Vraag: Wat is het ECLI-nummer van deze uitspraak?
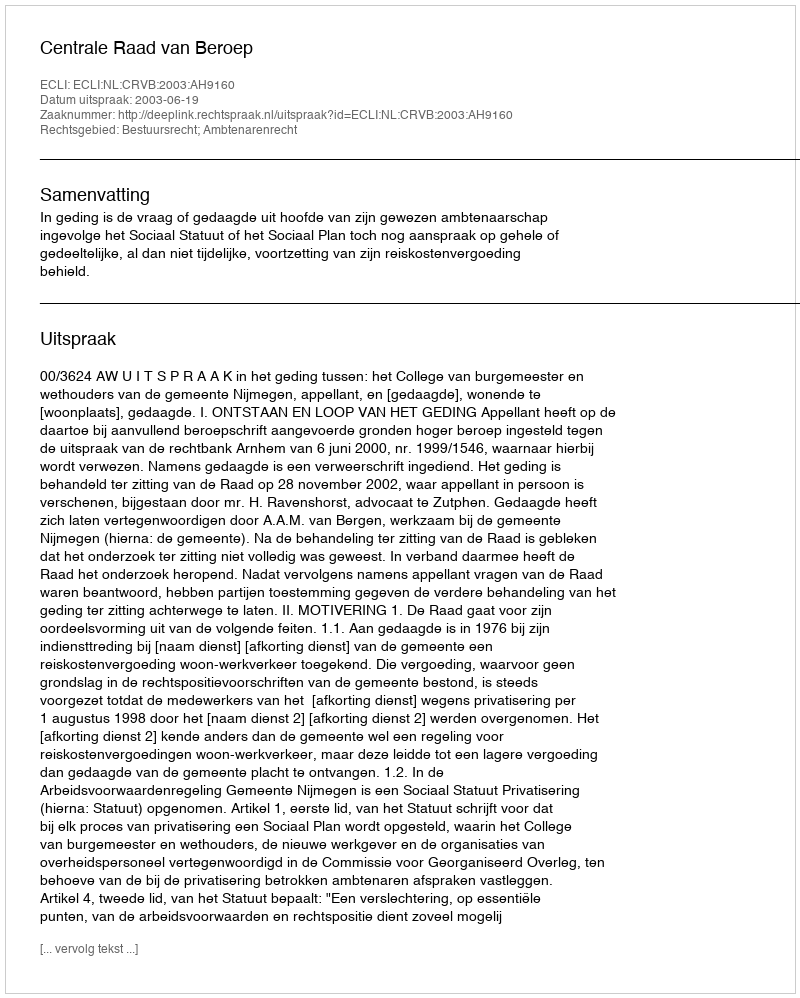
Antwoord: ECLI:NL:CRVB:2003:AH9160